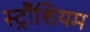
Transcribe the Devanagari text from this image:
स्ट्रौशियम